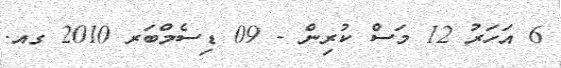
6 އަހަރު 12 މަސް ކުރިން - 09 ޑިސެމްބަރ 2010 ގއ.